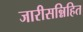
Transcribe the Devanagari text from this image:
जारीसन्निहित